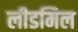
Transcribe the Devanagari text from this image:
लीडमिल